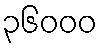
၃၆၀၀၀